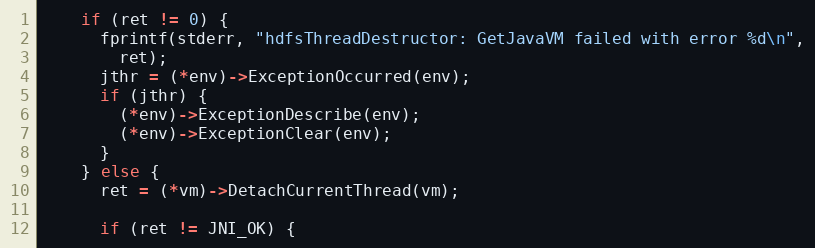
Language: C
    if (ret != 0) {
      fprintf(stderr, "hdfsThreadDestructor: GetJavaVM failed with error %d\n",
        ret);
      jthr = (*env)->ExceptionOccurred(env);
      if (jthr) {
        (*env)->ExceptionDescribe(env);
        (*env)->ExceptionClear(env);
      }
    } else {
      ret = (*vm)->DetachCurrentThread(vm);

      if (ret != JNI_OK) {